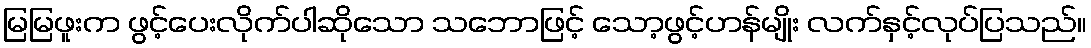
မြမြဖူးက ဖွင့်ပေးလိုက်ပါဆိုသော သဘောဖြင့် သော့ဖွင့်ဟန်မျိုး လက်နှင့်လုပ်ပြသည်။